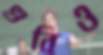
গুবিও